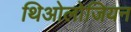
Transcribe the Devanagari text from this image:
थिओलोजियन